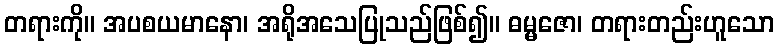
တရားကို။ အပစယမာနော၊ အရိုအသေပြုသည်ဖြစ်၍။ ဓမ္မဇော၊ တရားတည်းဟူသော